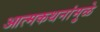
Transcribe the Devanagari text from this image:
आत्मकथनांमुळे